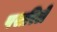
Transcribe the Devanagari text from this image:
पसरिले